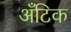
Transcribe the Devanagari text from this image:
अँटिक